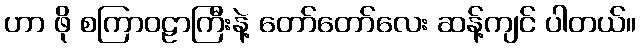
ဟာ ဖို စကြာဝဠာကြီးနဲ့ တော်တော်လေး ဆန့်ကျင် ပါတယ်။